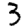
Digit: 3